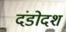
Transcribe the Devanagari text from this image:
दंडोदश